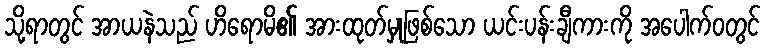
သို့ရာတွင် အာယနဲသည် ဟိရောမိ၏ အားထုတ်မှုဖြစ်သော ယင်းပန်းချီကားကို အပေါက်ဝတွင်